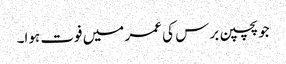
جو پچپن برس کی عمر میں فوت ہوا۔